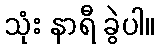
သုံး နာရီ ခွဲပါ။